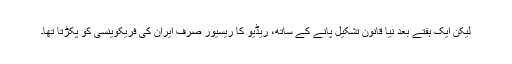
لیکن ایک ہفتے بعد نیا قانون تشکیل پانے کے ساتھ، ریڈیو کا ریسیور صرف ایران کی فریکوینسی کو پکڑتا تھا۔